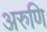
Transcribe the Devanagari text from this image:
अरुणि